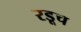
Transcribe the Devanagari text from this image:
रडूच